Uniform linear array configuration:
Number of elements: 4
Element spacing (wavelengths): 1
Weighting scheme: hann
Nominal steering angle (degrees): -60
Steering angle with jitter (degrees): -58.808
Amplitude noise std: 0.05
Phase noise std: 0.05

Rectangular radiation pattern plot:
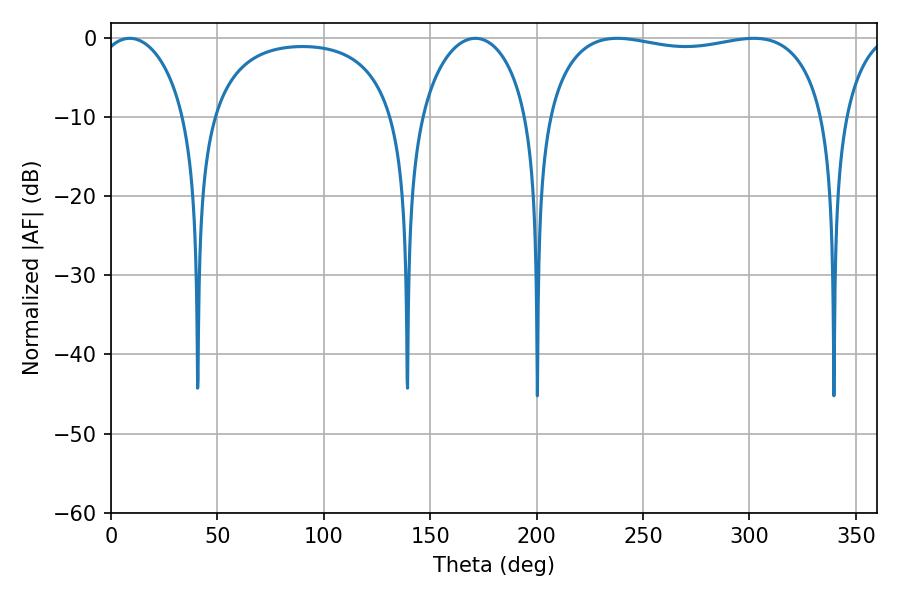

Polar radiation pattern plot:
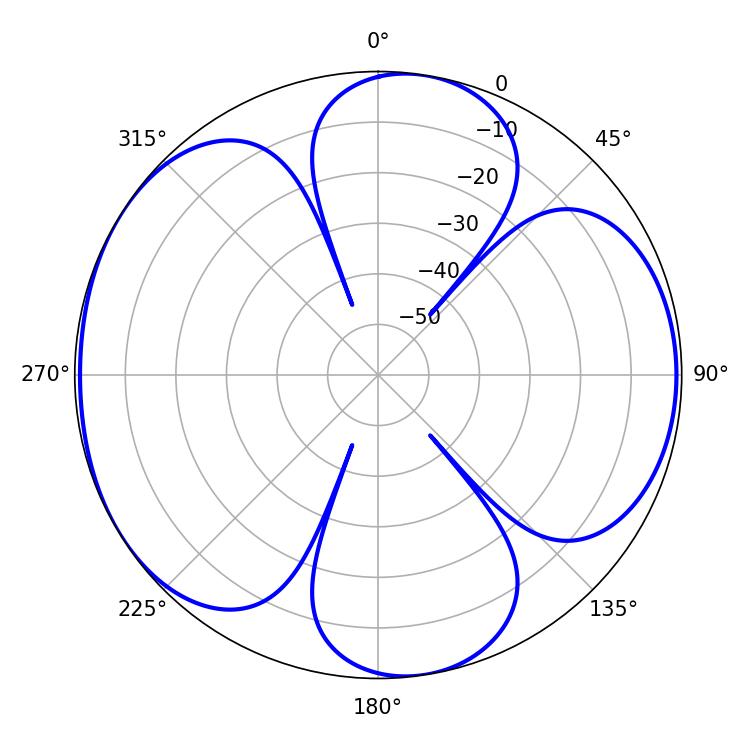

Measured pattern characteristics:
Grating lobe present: TRUE
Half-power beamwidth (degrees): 106.56
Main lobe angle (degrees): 237.96